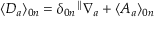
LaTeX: \langle { \cal D } _ { a } \rangle _ { 0 n } = \delta _ { 0 n } { } ^ { \parallel } \nabla _ { a } + \langle { \cal A } _ { a } \rangle _ { 0 n }